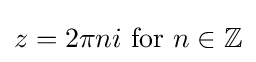
z=2\pi ni{\text{ for }}n\in \mathbb {Z}